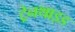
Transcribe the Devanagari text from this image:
ट्रेनथाइड